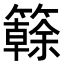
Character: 𥶭